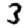
Digit: 3